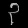
Digit: ၃